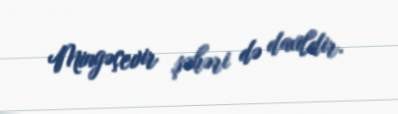
Mingəçevir şəhəri də daxildir.